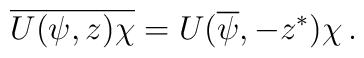
\overline{U(\psi,z)\chi}=U(\overline\psi,-z^\ast)\chi\,.